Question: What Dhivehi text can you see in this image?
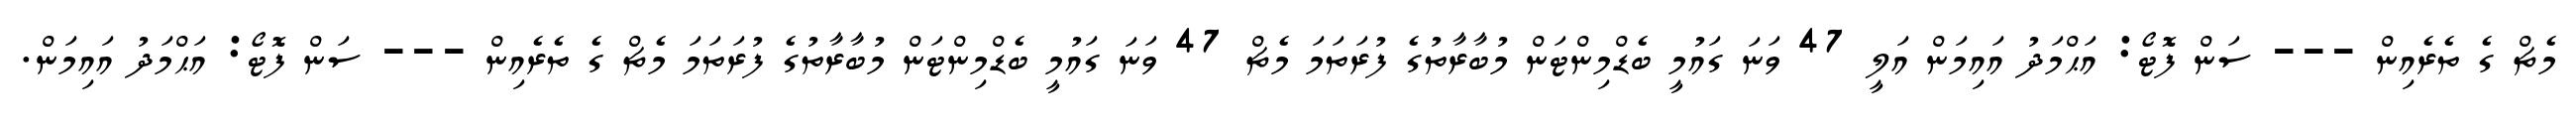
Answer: މެޗް ގެ ތެރެއިން --- ސަން ފޮޓޯ: އަޙްމަދު އައިމަން އަލީ 47 ވަނަ ގައުމީ ބެޑްމިންޓަން މުބާރާތުގެ ފުރަތަމަ މެޗް 47 ވަނަ ގައުމީ ބެޑްމިންޓަން މުބާރާތުގެ ފުރަތަމަ މެޗް ގެ ތެރެއިން --- ސަން ފޮޓޯ: އަޙްމަދު އައިމަން.